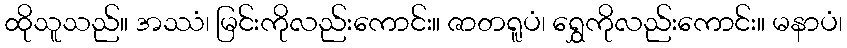
ထိုသူသည်။ အဿံ၊ မြင်းကိုလည်းကောင်း။ ဇာတရူပံ၊ ရွှေကိုလည်းကောင်း။ မနာပံ၊